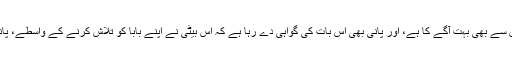
صرف یہی نہیں ہانی کا درد تو اِس سے بھی بہت آگے کا ہے، اور پانی بھی اِس بات کی گواہی دے رہا ہے کہ اِس بیٹی نے اپنے بابا کو تلاش کرنے کے واسطے، پانی پر بھی اپنے نشان چھوڑے ہیں۔